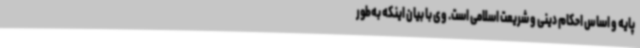
پایه و اساس احکام دینی و شریعت اسلامی است. وی با بیان اینکه به‌طور